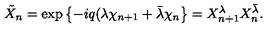
\tilde { X } _ { n } = \exp \left\{ - i q ( \lambda \chi _ { n + 1 } + \bar { \lambda } \chi _ { n } \right\} = X _ { n + 1 } ^ { \lambda } X _ { n } ^ { \bar { \lambda } } .